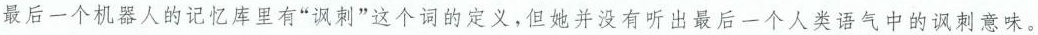
最后一个机器人的记忆库里有“讽刺”这个词的定义，但她并没有听出最后一个人类语气中的讽刺意味。